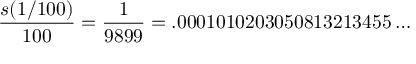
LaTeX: { \frac { s ( 1 / 1 0 0 ) } { 1 0 0 } } = { \frac { 1 } { 9 8 9 9 } } = . 0 0 0 1 0 1 0 2 0 3 0 5 0 8 1 3 2 1 3 4 5 5 \ldots